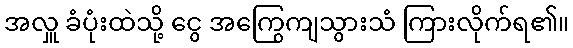
အလှူ ခံပုံးထဲသို့ ငွေ အကြွေကျသွားသံ ကြားလိုက်ရ၏။